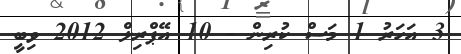
3 އަހަރު 1 މަސް ކުރިން - 10 އޭޕްރިލް 2012 ވިބީ